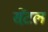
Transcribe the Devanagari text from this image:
सेंट़ल